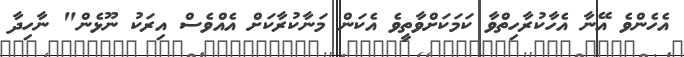
އެހެންވެ އޭނާ އެހާކުރާހިތްވާ ކަމަކަށްވާތީވެ އެކަން މަނާކުރާކަށް އެއްވެސް އިރަކު ނޫޅެން" ނާހިދާ